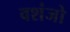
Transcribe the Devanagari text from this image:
वशंजो